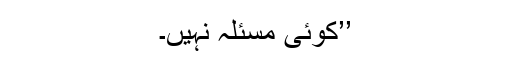
’’کوئی مسئلہ نہیں۔